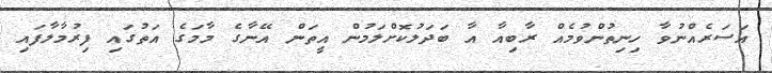
އަސަރެއްނުވާ ހިނިތުންވުމެއް ރާބިއާ އާ ބަދަލުކޮށްލަމުން އީތަން އޭނާގެ މާމަގެ އަތުގައި ފިރުމާލާފައި